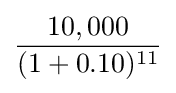
{\frac {10,000}{(1+0.10)^{11}}}